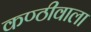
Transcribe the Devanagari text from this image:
कण्ठीवाला